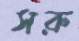
সরু